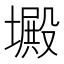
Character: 𡑴